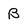
Character: B